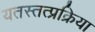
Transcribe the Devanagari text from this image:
यतस्तत्प्रक्रिया